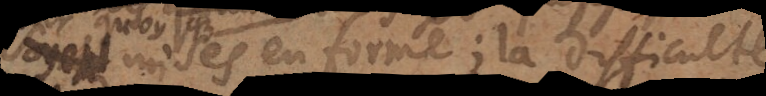
mises en forme; la difficulté